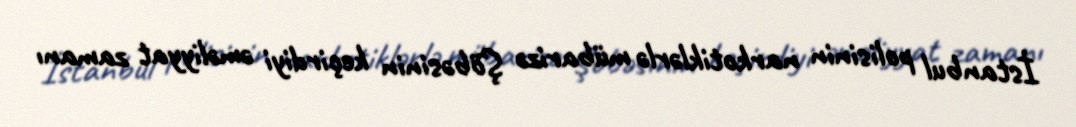
İstanbul polisinin narkotiklərlə mübarizə Şöbəsinin keçirdiyi əməliyyat zamanı